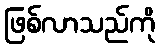
ဖြစ်လာသည်ကို